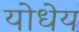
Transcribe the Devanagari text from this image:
योधेय